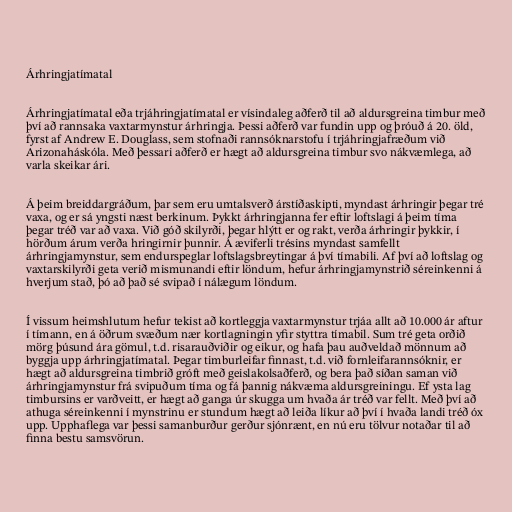
Árhringjatímatal

Árhringjatímatal eða trjáhringjatímatal er vísindaleg aðferð til að aldursgreina timbur með
því að rannsaka vaxtarmynstur árhringja. Þessi aðferð var fundin upp og þróuð á 20. öld,
fyrst af Andrew E. Douglass, sem stofnaði rannsóknarstofu í trjáhringjafræðum við
Arizonaháskóla. Með þessari aðferð er hægt að aldursgreina timbur svo nákvæmlega, að
varla skeikar ári.

Á þeim breiddargráðum, þar sem eru umtalsverð árstíðaskipti, myndast árhringir þegar tré
vaxa, og er sá yngsti næst berkinum. Þykkt árhringjanna fer eftir loftslagi á þeim tíma
þegar tréð var að vaxa. Við góð skilyrði, þegar hlýtt er og rakt, verða árhringir þykkir, í
hörðum árum verða hringirnir þunnir. Á æviferli trésins myndast samfellt
árhringjamynstur, sem endurspeglar loftslagsbreytingar á því tímabili. Af því að loftslag og
vaxtarskilyrði geta verið mismunandi eftir löndum, hefur árhringjamynstrið séreinkenni á
hverjum stað, þó að það sé svipað í nálægum löndum.

Í vissum heimshlutum hefur tekist að kortleggja vaxtarmynstur trjáa allt að 10.000 ár aftur
í tímann, en á öðrum svæðum nær kortlagningin yfir styttra tímabil. Sum tré geta orðið
mörg þúsund ára gömul, t.d. risarauðviðir og eikur, og hafa þau auðveldað mönnum að
byggja upp árhringjatímatal. Þegar timburleifar finnast, t.d. við fornleifarannsóknir, er
hægt að aldursgreina timbrið gróft með geislakolsaðferð, og bera það síðan saman við
árhringjamynstur frá svipuðum tíma og fá þannig nákvæma aldursgreiningu. Ef ysta lag
timbursins er varðveitt, er hægt að ganga úr skugga um hvaða ár tréð var fellt. Með því að
athuga séreinkenni í mynstrinu er stundum hægt að leiða líkur að því í hvaða landi tréð óx
upp. Upphaflega var þessi samanburður gerður sjónrænt, en nú eru tölvur notaðar til að
finna bestu samsvörun.